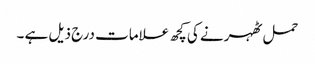
حمل ٹھہرنے کی کچھ علامات درج ذیل ہے ۔